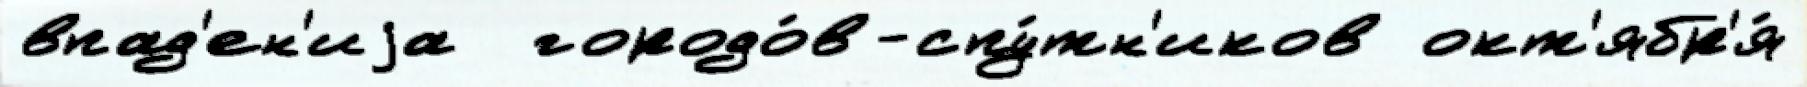
впад'ен'иjа  городо́в-спу́тн'иков окт'ябр'я́